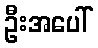
ဦးအပေါ်